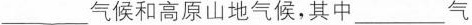
___ 气候和高原山地气候，其中 ___ 气